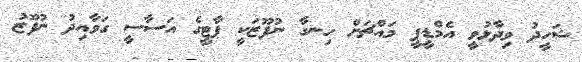
ޝަހީދު ވިދާޅުވީ އެމްޑީޕީ މައްޗަށް ހިނގާ ނުފޫޒަކީ ޕާޓީގެ އަސާސީ ގަވާއިދު ނުފޫޒު